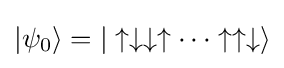
|\psi _{0}\rangle =|\uparrow \downarrow \downarrow \uparrow \cdots \uparrow \uparrow \downarrow \rangle